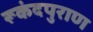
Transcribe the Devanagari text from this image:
रूकंदपुराण